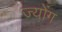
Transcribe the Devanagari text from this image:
ज्योंग